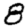
Digit: 8